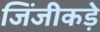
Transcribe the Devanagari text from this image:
जिंजीकड़े